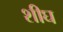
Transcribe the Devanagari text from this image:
शीघ